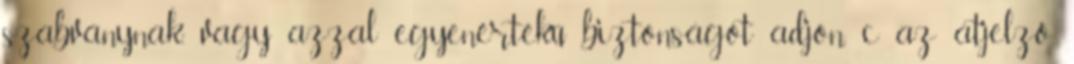
szabványnak, vagy azzal egyenértékû biztonságot adjon, c az átjelzõ